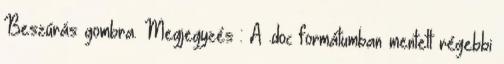
Beszúrás gombra. Megjegyzés : A .doc formátumban mentett régebbi